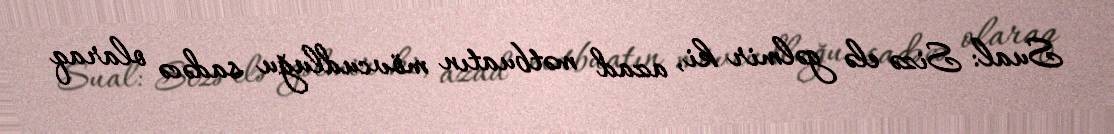
Sual: Sizə elə gəlmir ki, azad mətbuatın mövcudluğu sadəcə olaraq